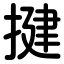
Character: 揵